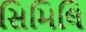
સિમિલિ